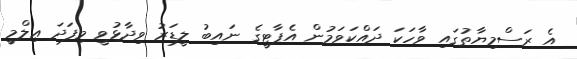
އެ ރަސްމިޔާތުގައި ވާހަކަ ދައްކަވަމުން އެޕާޓީގެ ނައިބު ލީޑަރު ވިދާޅުވީ މިފަދަ ޢިލްމީ